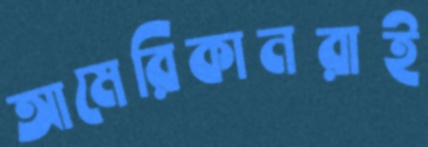
আমেরিকানরাই